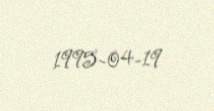
1995-04-19